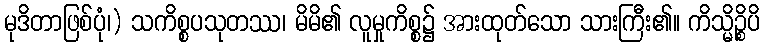
မုဒိတာဖြစ်ပုံ၊) သကိစ္စပသုတဿ၊ မိမိ၏ လူမှုကိစ္စ၌ အားထုတ်သော သားကြီး၏။ ကိသ္မိဉ္စိပိ